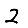
Digit: 2